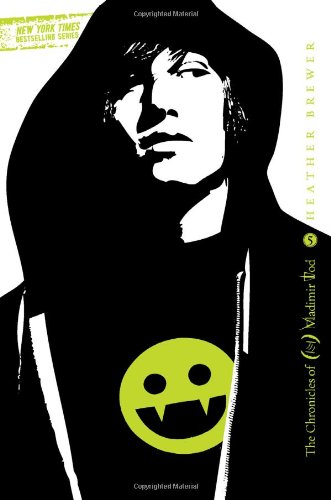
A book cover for Twelfth Grade Kills #5: The Chronicles of Vladimir Tod; Heather Brewer; Children's Books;